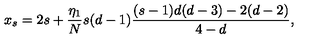
x _ { s } = 2 s + \frac { \eta _ { 1 } } { N } s ( d - 1 ) \frac { ( s - 1 ) d ( d - 3 ) - 2 ( d - 2 ) } { 4 - d } ,